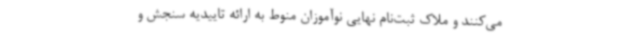
می‌کنند و ملاک ثبت‌نام نهایی نوآموزان منوط به ارائه تاییدیه سنجش و